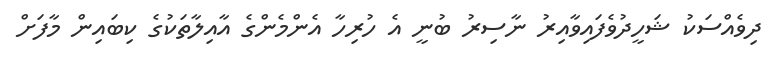
ދިވެއްސަކު ޝަހީދުވެފައިވާއިރު ނާސިރު ބުނީ އެ ހުރިހާ އެންމެންގެ އާއިލާތަކުގެ ކިބައިން މާފަށް